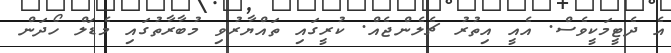
އެ ދެޓީމަކީވެސް. އެއީ އިތުރު ޗެލެންޖެއް. ކުރީގައި ތައްޔާރުވި މުބާރާތުގައި މެޑަލް ހޯދަން